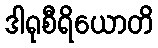
ဒါရုစီရိယောတိ